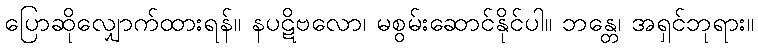
ပြောဆိုလျှောက်ထားရန်။ နပဋိဗလော၊ မစွမ်းဆောင်နိုင်ပါ။ ဘန္တေ၊ အရှင်ဘုရား။